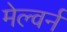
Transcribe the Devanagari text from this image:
मेल्वर्न